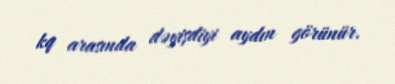
kq arasında dəyişdiyi aydın görünür.